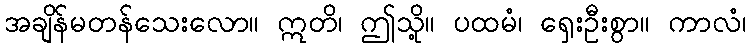
အချိန်မတန်သေးလော။ ဣတိ၊ ဤသို့။ ပထမံ၊ ရှေးဦးစွာ။ ကာလံ၊